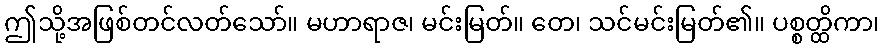
ဤသို့အဖြစ်တင်လတ်သော်။ မဟာရာဇ၊ မင်းမြတ်။ တေ၊ သင်မင်းမြတ်၏။ ပစ္စတ္ထိကာ၊